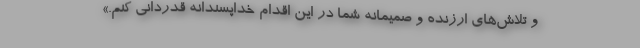
و تلاش‌های ارزنده و صمیمانه شما در این اقدام خداپسندانه قدردانی کنم.»